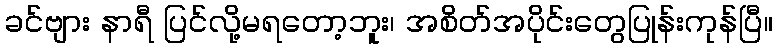
ခင်ဗျား နာရီ ပြင်လို့မရတော့ဘူး၊ အစိတ်အပိုင်းတွေပြုန်းကုန်ပြီ။